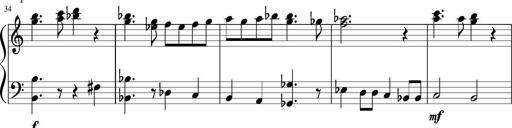
Title: Sonatine Nr.1 in C-Dur
Composer: DÃ©sirÃ©e Manns
Key: C major